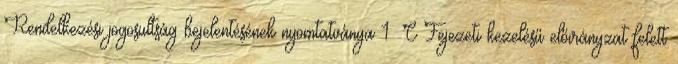
Rendelkezési jogosultság bejelentésének nyomtatványa 1 C Fejezeti kezelésű előirányzat felett